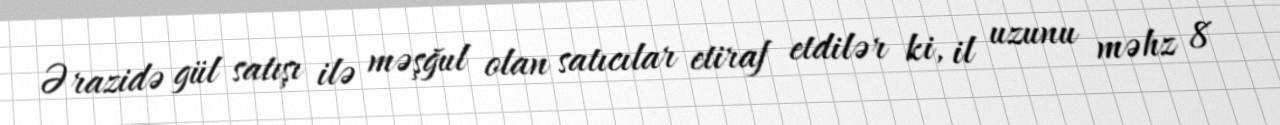
Ərazidə gül satışı ilə məşğul olan satıcılar etiraf etdilər ki, il uzunu məhz 8